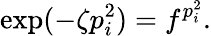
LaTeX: \exp(-\zeta p_{i}^{2})=f^{p_{i}^{2}}.